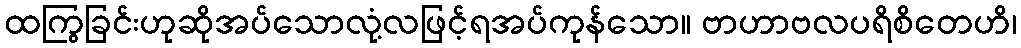
ထကြွခြင်းဟုဆိုအပ်သောလုံ့လဖြင့်ရအပ်ကုန်သော။ ဗာဟာဗလပရိစိတေဟိ၊